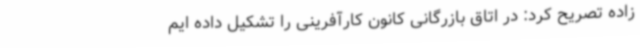
زاده تصریح کرد: در اتاق بازرگانی کانون کارآفرینی را تشکیل داده ایم